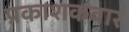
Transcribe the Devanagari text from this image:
प्रकाशकवार